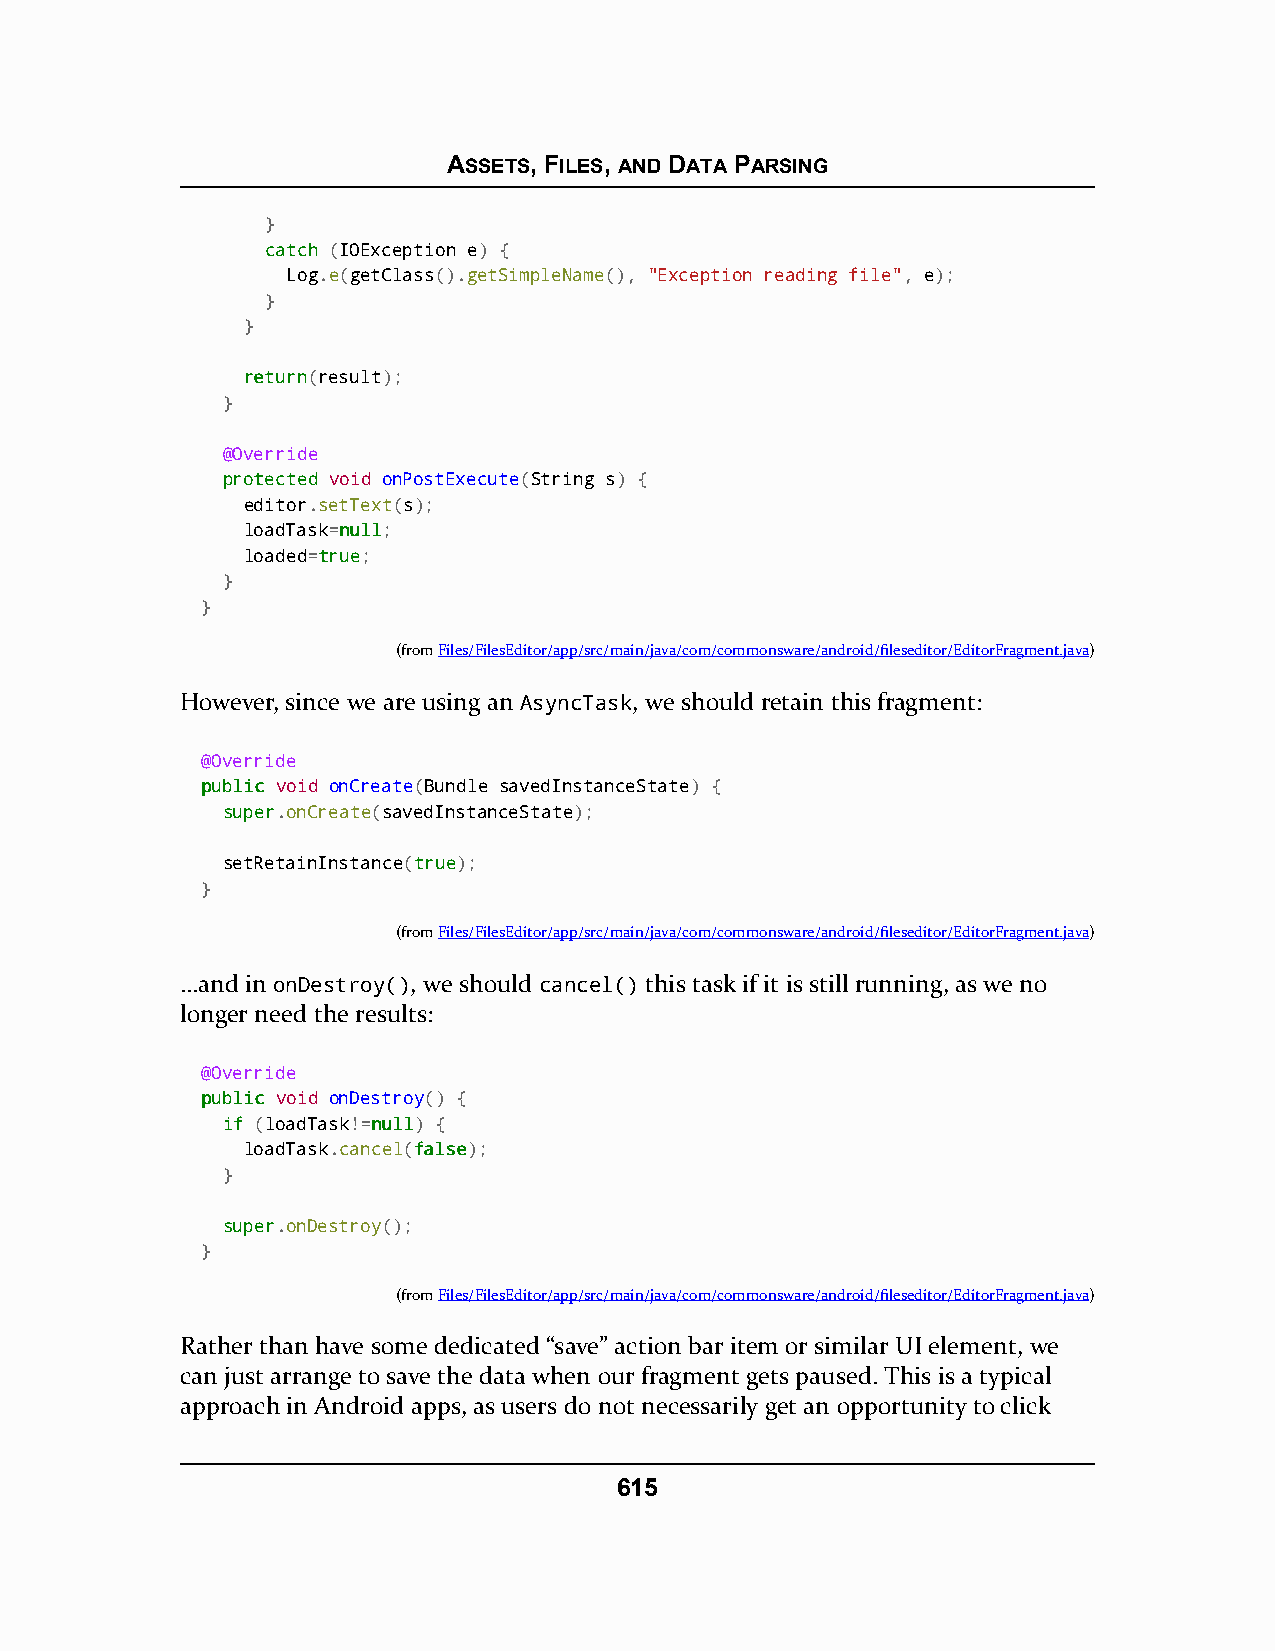
ASSETS, FILES, AND DATA PARSING
 }
 ccaattcchh (IOException e) {
 Log.e(getClass().getSimpleName(), "Exception reading file", e);
 }
 }
 rreettuurrnn(result);
 }
 @Override
 pprrootteecctteedd void onPostExecute(String s) {
 editor.setText(s);
 loadTask=nnuullll;
 loaded=ttrruuee;
 }
 }
 (fromFiles/FilesEditor/app/src/main/java/com/commonsware/android/fileseditor/EditorFragment.java)
 However, since we are using an AsyncTask, we should retain this fragment:
 @Override
 ppuubblliicc void onCreate(Bundle savedInstanceState) {
 ssuuppeerr.onCreate(savedInstanceState);
 setRetainInstance(ttrruuee);
 }
 (fromFiles/FilesEditor/app/src/main/java/com/commonsware/android/fileseditor/EditorFragment.java)
 …and in onDestroy(), we should cancel() this task if it is still running, as we no
 longer need the results:
 @Override
 ppuubblliicc void onDestroy() {
 iiff (loadTask!=nnuullll) {
 loadTask.cancel(ffaallssee);
 }
 ssuuppeerr.onDestroy();
 }
 (fromFiles/FilesEditor/app/src/main/java/com/commonsware/android/fileseditor/EditorFragment.java)
 Rather than have some dedicated “save” action bar item or similar UI element, we
 can just arrange to save the data when our fragment gets paused. This is a typical
 approach in Android apps, as users do not necessarily get an opportunity to click
 615